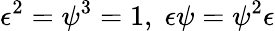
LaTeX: \epsilon^{2}=\psi^{3}=1,\; \epsilon\psi=\psi^{2}\epsilon